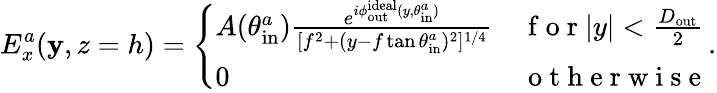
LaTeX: E_{x}^{a}(\mathbf{y},z=h)=\left\{ \begin{array}{ll}{A(\theta_{\mathrm{in}}^{a})\frac{e^{i\phi_{\mathrm{out}}^{\mathrm{ideal}}(y,\theta_{\mathrm{in}}^{a})}}{[f^{2}+(y-f\tan{\theta_{\mathrm{in}}^{a}})^{2}]^{{1}/{4}}}}&{\mathrm{~f~o~r~}|y|<\frac{D_{\mathrm{out}}}{2}}\\ {0}&{\mathrm{~o~t~h~e~r~w~i~s~e~}}\end{array}\right..